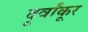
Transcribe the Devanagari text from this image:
दूर्वांकूर